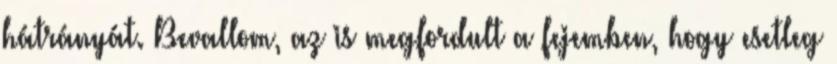
hátrányát. Bevallom, az is megfordult a fejemben, hogy esetleg